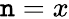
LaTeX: \mathtt{n}=x